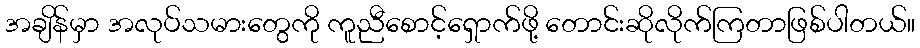
အချိန်မှာ အလုပ်သမားတွေကို ကူညီစောင့်ရှောက်ဖို့ တောင်းဆိုလိုက်ကြတာဖြစ်ပါတယ်။